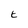
Character: E